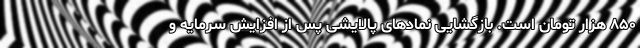
۸۵۰ هزار تومان است. بازگشایی نمادهای پالایشی پس از افزایش سرمایه و